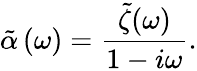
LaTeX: \tilde{\alpha}\left(\omega\right)=\frac{\tilde{\zeta}(\omega)}{1-i\omega}.